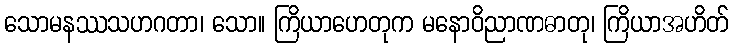
သောမနဿသဟဂတာ၊ သော။ ကြိယာဟေတုက မနောဝိညာဏဓာတု၊ ကြိယာအဟိတ်